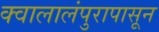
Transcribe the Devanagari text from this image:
क्वालालंपुरापासून